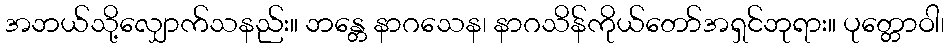
အဘယ်သို့လျှောက်သနည်း။ ဘန္တေ နာဂသေန၊ နာဂသိန်ကိုယ်တော်အရှင်ဘုရား။ ပုတ္တောဝါ၊